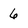
Character: 6